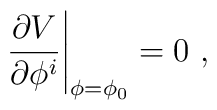
\left.\frac{\partial V}{\partial \phi ^i}\right|_{\phi=\phi_0} =  0~,